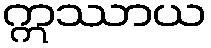
ဣဿာယ